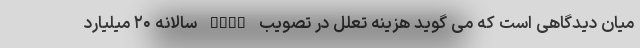
میان دیدگاهی است که می گوید هزینه تعلل در تصویب FATF سالانه ۲۰ میلیارد